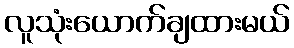
လူသုံးယောက်ချထားမယ်